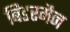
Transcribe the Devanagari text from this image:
बिडरमैन